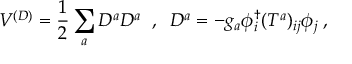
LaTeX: V ^ { ( D ) } = { \frac { 1 } { 2 } } \sum _ { a } D ^ { a } D ^ { a } \; \; , \; \; D ^ { a } = - g _ { a } \phi _ { i } ^ { \dagger } ( T ^ { a } ) _ { i j } \phi _ { j } \; ,